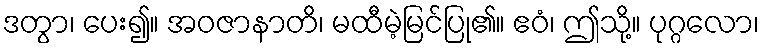
ဒတွာ၊ ပေး၍။ အဝဇာနာတိ၊ မထီမဲ့မြင်ပြု၏။ ဧဝံ၊ ဤသို့။ ပုဂ္ဂလော၊